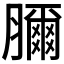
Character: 𦢈